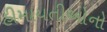
હીમાયતીઓનો